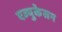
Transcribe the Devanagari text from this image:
एज्युकेसन